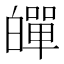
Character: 𤾠